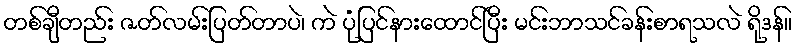
တစ်ချီတည်း ဇတ်လမ်းပြတ်တာပဲ၊ ကဲ ပုံပြင်နားထောင်ပြီး မင်းဘာသင်ခန်းစာရသလဲ ရိုဒန်။